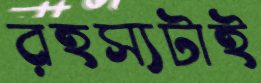
রহস্যটাই